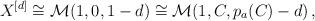
LaTeX: \begin{align*}X^{[d]}\cong\mathcal{M}(1,0,1-d)\cong \mathcal{M}(1,C,p_a(C)-d)\,,\end{align*}